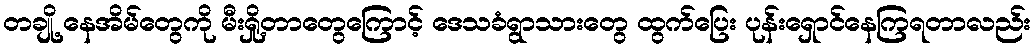
တချို့ နေအိမ်တွေကို မီးရှို့တာတွေကြောင့် ဒေသခံရွာသားတွေ ထွက်ပြေး ပုန်းရှောင်နေကြရတာလည်း